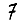
Digit: 7